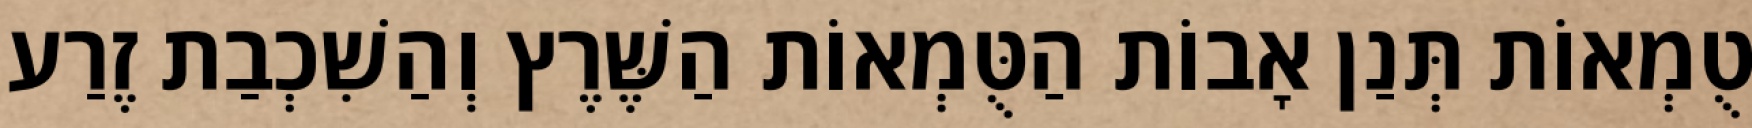
טֻמְאוֹת תְּנַן אָבוֹת הַטֻּמְאוֹת הַשֶּׁרֶץ וְהַשִׁכְבַת זֶרַע